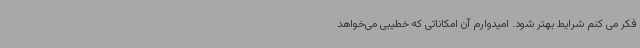
فکر می کنم شرایط بهتر شود. امیدوارم آن امکاناتی که خطیبی می‌خواهد